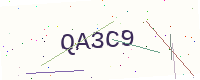
Text: QA3C9